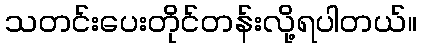
သတင်းပေးတိုင်တန်းလို့ရပါတယ်။